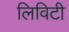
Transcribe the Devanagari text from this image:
लिविटी